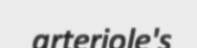
arteriole's